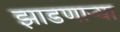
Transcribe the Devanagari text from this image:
झाडणाऱ्या